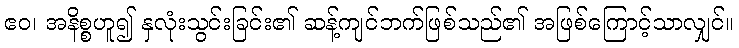
ဧဝ၊ အနိစ္စဟူ၍ နှလုံးသွင်းခြင်း၏ ဆန့်ကျင်ဘက်ဖြစ်သည်၏ အဖြစ်ကြောင့်သာလျှင်။